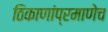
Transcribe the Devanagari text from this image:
ठिकाणांप्रमाणेच